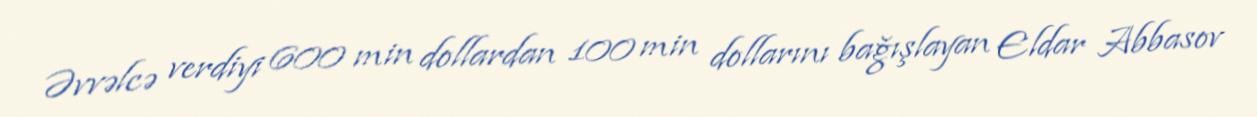
Əvvəlcə verdiyi 600 min dollardan 100 min dollarını bağışlayan Eldar Abbasov